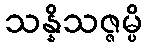
သန္နိသဇ္ဇမ္ပိ